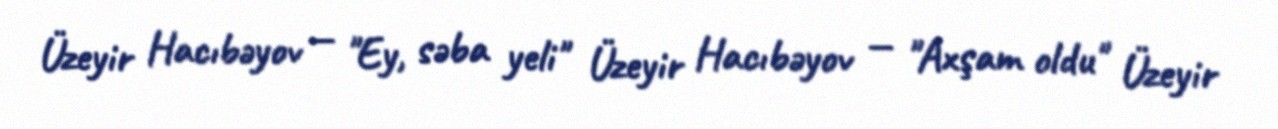
Üzeyir Hacıbəyov — "Ey, səba yeli" Üzeyir Hacıbəyov — "Axşam oldu" Üzeyir